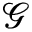
\mathcal { G }